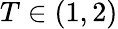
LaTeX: T\in(1,2)